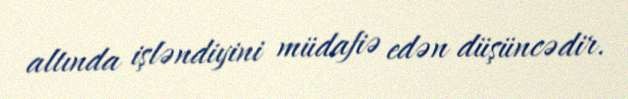
altında işləndiyini müdafiə edən düşüncədir.